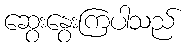
ဆွေးနွေးကြပါသည်